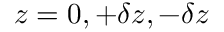
z = 0 , + \delta z , - \delta z